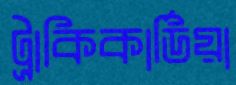
ট্রাকিকার্ডিয়া